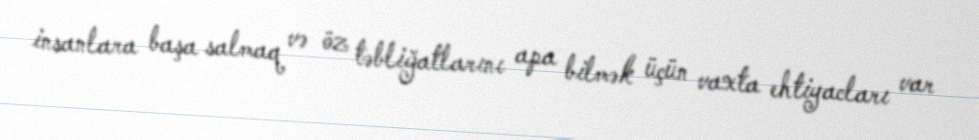
insanlara başa salmaq və öz təbliğatlarını apa bilmək üçün vaxta ehtiyacları var